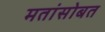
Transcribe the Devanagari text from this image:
मतांसोबत